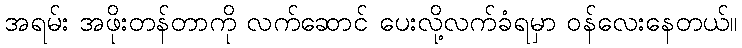
အရမ်း အဖိုးတန်တာကို လက်ဆောင် ပေးလို့လက်ခံရမှာ ဝန်လေးနေတယ်။